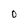
Character: 0